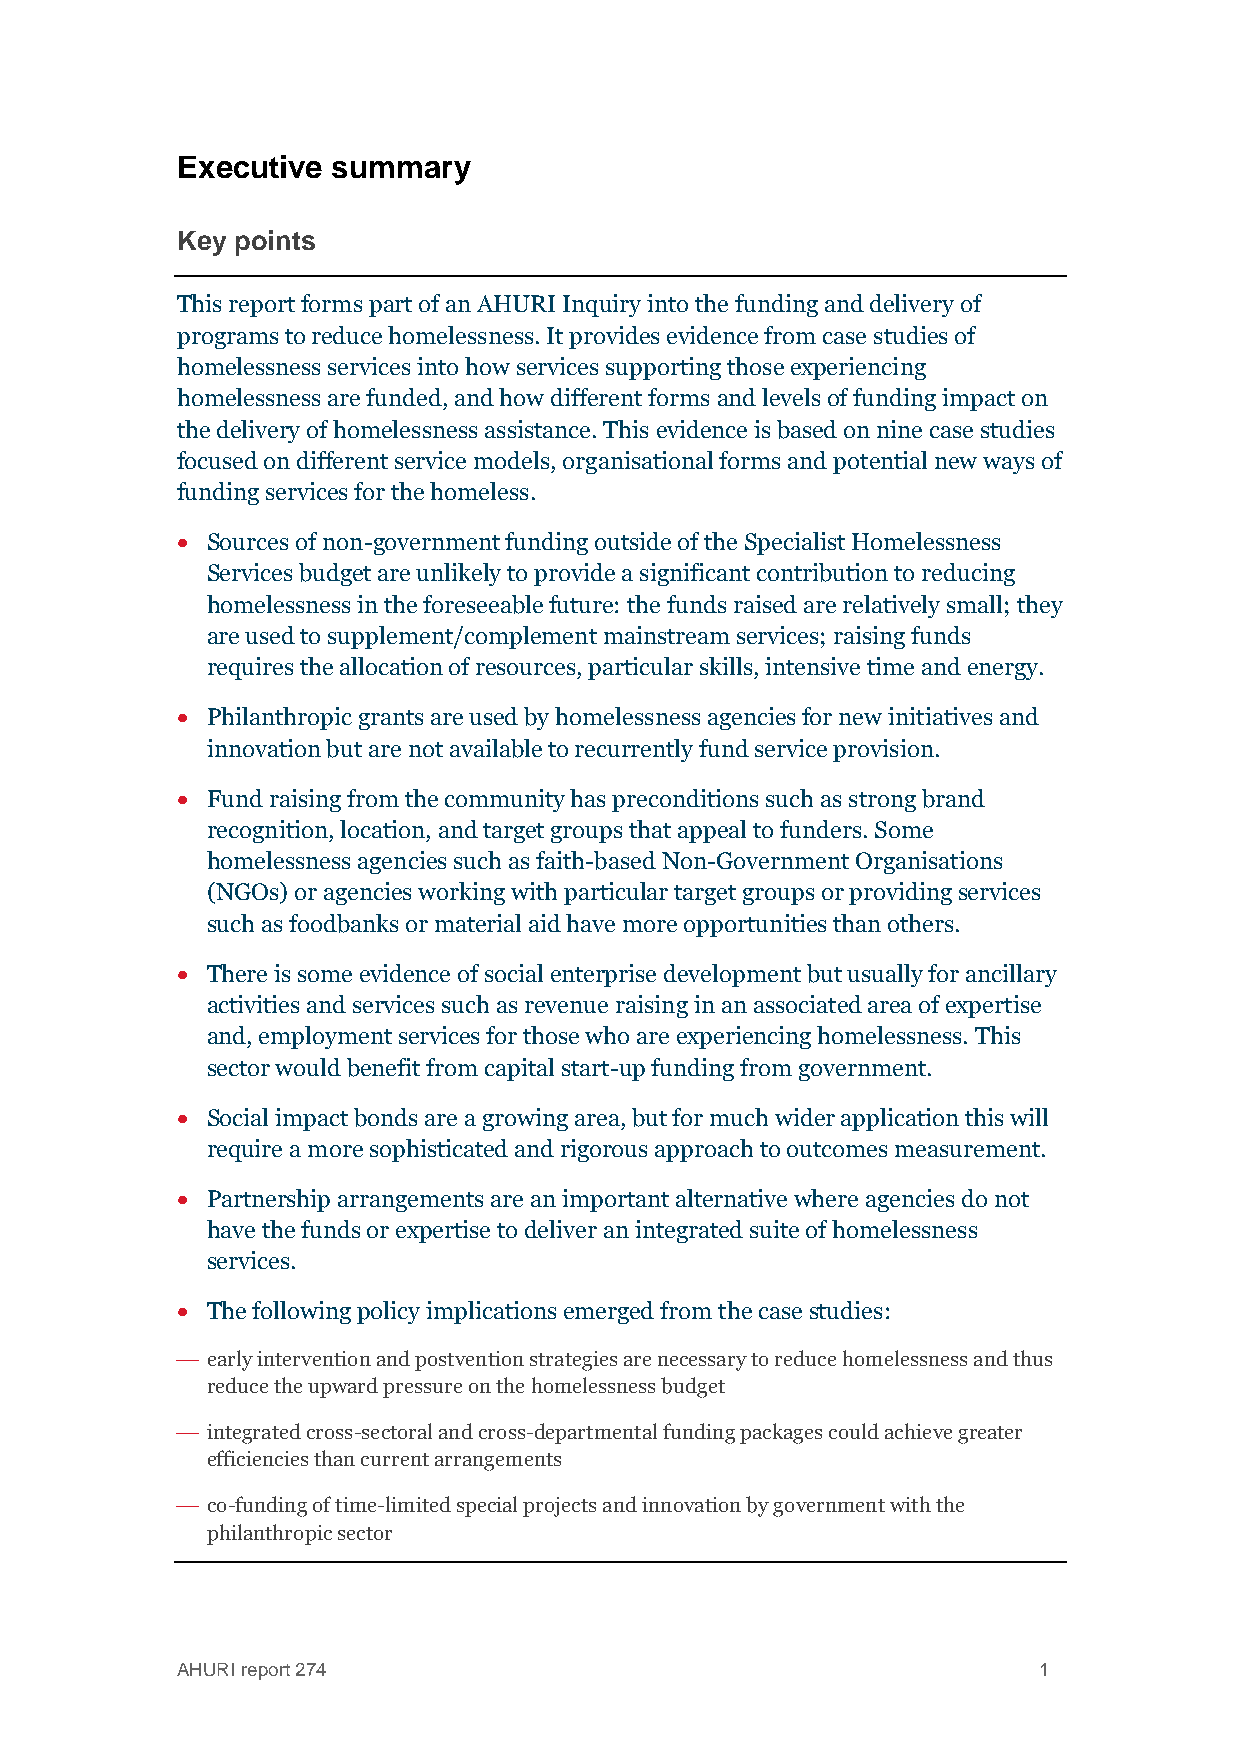
Executive summary
 Key points
 This report forms part of an AHURI Inquiry into the funding and delivery of
 programs to reduce homelessness. It provides evidence from case studies of
 homelessness services into how services supporting those experiencing
 homelessness are funded, and how different forms and levels of funding impact on
 the delivery of homelessness assistance. This evidence is based on nine case studies
 focused on different service models, organisational forms and potential new ways of
 funding services for the homeless.
  Sources of non-government funding outside of the Specialist Homelessness
 Services budget are unlikely to provide a significant contribution to reducing
 homelessness in the foreseeable future: the funds raised are relatively small; they
 are used to supplement/complement mainstream services; raising funds
 requires the allocation of resources, particular skills, intensive time and energy.
  Philanthropic grants are used by homelessness agencies for new initiatives and
 innovation but are not available to recurrently fund service provision.
  Fund raising from the community has preconditions such as strong brand
 recognition, location, and target groups that appeal to funders. Some
 homelessness agencies such as faith-based Non-Government Organisations
 (NGOs) or agencies working with particular target groups or providing services
 such as foodbanks or material aid have more opportunities than others.
  There is some evidence of social enterprise development but usually for ancillary
 activities and services such as revenue raising in an associated area of expertise
 and, employment services for those who are experiencing homelessness. This
 sector would benefit from capital start-up funding from government.
  Social impact bonds are a growing area, but for much wider application this will
 require a more sophisticated and rigorous approach to outcomes measurement.
  Partnership arrangements are an important alternative where agencies do not
 have the funds or expertise to deliver an integrated suite of homelessness
 services.
  The following policy implications emerged from the case studies:
  early intervention and postvention strategies are necessary to reduce homelessness and thus
 reduce the upward pressure on the homelessness budget
  integrated cross-sectoral and cross-departmental funding packages could achieve greater
 efficiencies than current arrangements
  co-funding of time-limited special projects and innovation by government with the
 philanthropic sector
 AHURI report 274                                         1